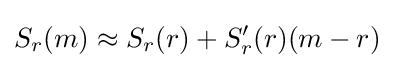
S_{r}(m)\approx S_{r}(r)+S_{r}'(r)(m-r)